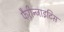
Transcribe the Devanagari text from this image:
फैरीन्जाइटिस